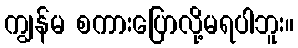
ကျွန်မ စကားပြောလို့မရပါဘူး။